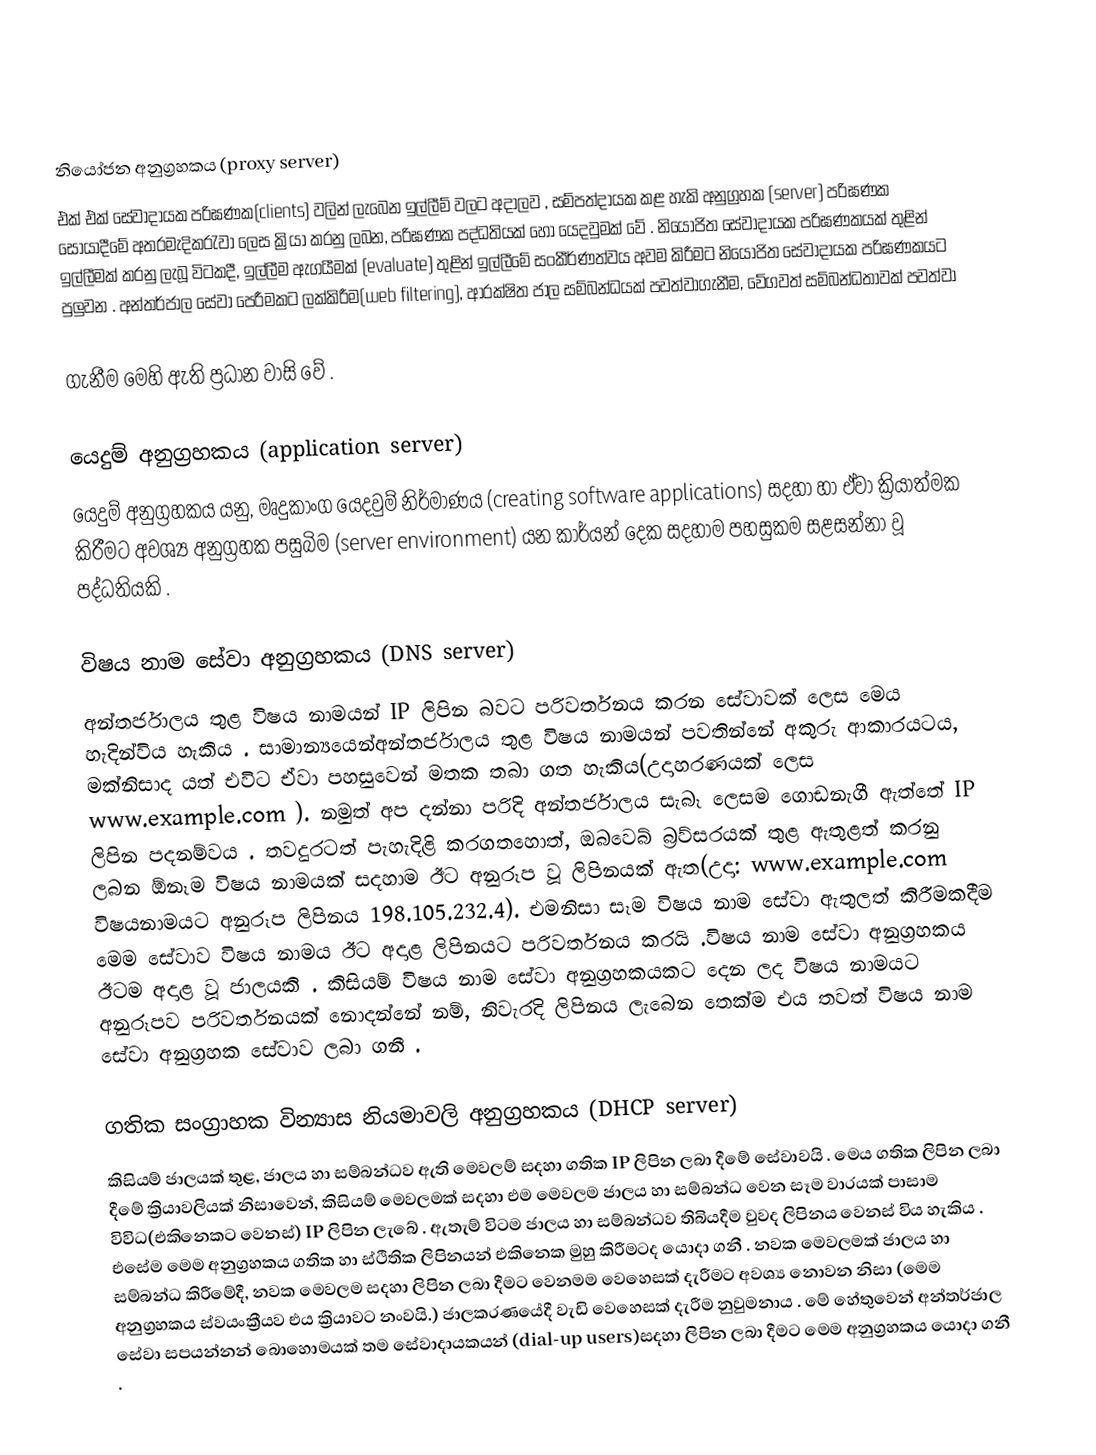

නියෝජන අනුග්‍රහකය (proxy server)
එක් එක් සේවාදායක පරිඝණක(clients) වලින් ලැබෙන ඉල්ලීම් වලට අදාලව , සම්පත්දායක කළ හැකි අනුග්‍රහක (server) පරිඝණක සොයාදීමේ අතරමැදිකරැවා ලෙස ක්‍රියා කරනු ලබන, පරිඝණක පද්ධතියක් හෝ යෙදවුමක් වේ . නියෝජිත සේවාදායක පරිඝණකයක් තුළින් ඉල්ලීමක් කරනු ලැබූ විටකදී, ඉල්ලීම ඇගයීමක් (evaluate) තුළින් ඉල්ලීමේ සංකීර්ණත්වය අවම කිරීමට නියෝජිත සේවාදායක පරිඝණකයට පුලුවන . අන්තර්ජාල සේවා පෙරීමකට ලක්කිරීම(web filtering), ආරක්ෂිත ජාල සම්බන්ධයක් පවත්වාගැනීම, වේගවත් සම්බන්ධතාවක් පවත්වා

ගැනීම මෙහි ඇති ප්‍රධාන වාසි වේ .

යෙදුම් අනුග්‍රහකය (application server)
යෙදුම් අනුග්‍රහකය යනු, මෘදුකාංග යෙදවුම් නිර්මාණය (creating software applications) සදහා හා ඒවා ක්‍රියාත්මක කිරීමට අවශ්‍ය අනුග්‍රහක පසුබිම (server environment) යන කාර්යන් දෙක සදහාම පහසුකම සළසන්නා වූ පද්ධතියකි .

විෂය නාම සේවා අනුග්‍රහකය (DNS server)
අන්තර්ජාලය තුළ විෂය නාමයන් IP ලිපින බවට පරිවර්තනය කරන සේවාවක් ලෙස මෙය හැදින්විය හැකිය . සාමාන්‍යයෙන්අන්තර්ජාලය තුළ විෂය නාමයන් පවතින්නේ අකුරු ආකාරයටය, මක්නිසාද යත් එවිට ඒවා පහසුවෙන් මතක තබා ගත හැකිය(උදාහරණයක් ලෙස www.example.com ). නමුත් අප දන්නා පරිදි අන්තර්ජාලය සැබෑ ලෙසම ගොඩනැගී ඇත්තේ IP ලිපින පදනම්වය . තවදුරටත් පැහැදිළි කරගතහොත්, ඔබවෙබ් බ්‍රව්සරයක් තුළ ඇතුළත් කරනු ලබන ඕනෑම විෂය නාමයක් සදහාම ඊට අනුරූප වූ ලිපිනයක් ඇත(උදා: www.example.com විෂයනාමයට අනුරූප ලිපිනය 198.105.232.4). එමනිසා සෑම විෂය නාම සේවා ඇතුලත් කිරීමකදීම මෙම සේවාව විෂය නාමය ඊට අදාළ ලිපිනයට පරිවර්තනය කරයි .විෂය නාම සේවා අනුග්‍රහකය ඊටම අදාළ වූ ජාලයකි . කිසියම් විෂය නාම සේවා අනුග්‍රහකයකට දෙන ලද විෂය නාමයට අනුරූපව පරිවර්තනයක් නොදන්නේ නම්, නිවැරදි ලිපිනය ලැබෙන තෙක්ම එය තවත් විෂය නාම සේවා අනුග්‍රහක සේවාව ලබා ගනී .

ගතික සංග්‍රාහක වින්‍යාස නියමාවලි අනුග්‍රහකය (DHCP server)
කිසියම් ජාලයක් තුළ, ජාලය හා සම්බන්ධව ඇති මෙවලම් සදහා ගතික IP ලිපින ලබා දීමේ සේවාවයි . මෙය ගතික ලිපින ලබා දීමේ ක්‍රියාවලියක් නිසාවෙන්, කිසියම් මෙවලමක් සදහා එම මෙවලම ජාලය හා සම්බන්ධ වෙන සෑම වාරයක් පාසාම විවිධ(එකිනෙකට වෙනස්) IP ලිපින ලැබේ . ඇතැම් විටම ජාලය හා සම්බන්ධව තිබියදීම වුවද ලිපිනය වෙනස් විය හැකිය . එසේම මෙම අනුග්‍රහකය ගතික හා ස්ථිතික ලිපිනයන් එකිනෙක මුහු කිරීමටද යොදා ගනී . නවක මෙවලමක් ජාලය හා සම්බන්ධ කිරීමේදී, නවක මෙවලම සදහා ලිපින ලබා දීමට වෙනමම වෙහෙසක් දැරීමට අවශ්‍ය නොවන නිසා (මෙම අනුග්‍රහකය ස්වයංක්‍රීයව එය ක්‍රියාවට නංවයි.) ජාලකරණයේදී වැඩි වෙහෙසක් දැරීම නුවුමනාය . මේ හේතුවෙන් අන්තර්ජාල සේවා සපයන්නන් බොහොමයක් තම සේවාදායකයන් (dial-up users)සදහා ලිපින ලබා දීමට මෙම අනුග්‍රහකය යොදා ගනී .